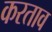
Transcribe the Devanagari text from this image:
करताव